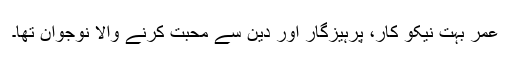
عمر بہت نیکو کار، پرہیزگار اور دین سے محبت کرنے والا نوجوان تھا۔